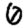
Digit: 0